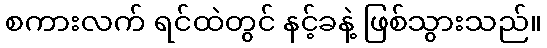
စကားလက် ရင်ထဲတွင် နင့်ခနဲ့ ဖြစ်သွားသည်။